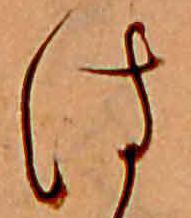
は